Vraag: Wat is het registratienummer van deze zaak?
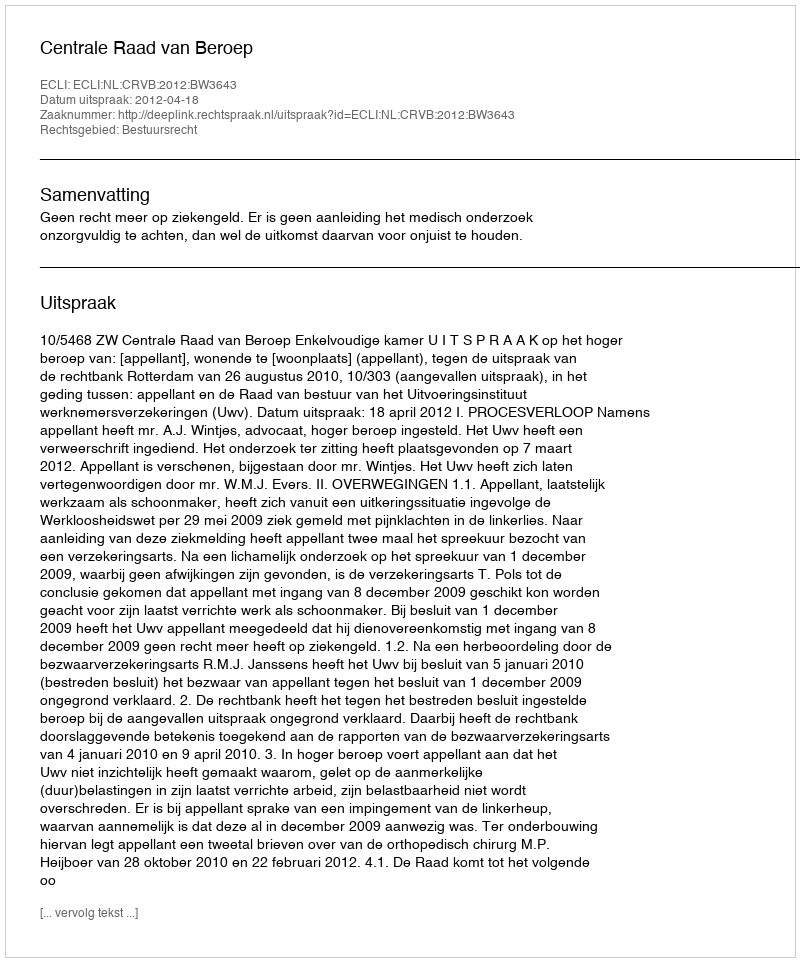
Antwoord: http://deeplink.rechtspraak.nl/uitspraak?id=ECLI:NL:CRVB:2012:BW3643